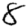
Digit: 8